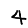
Digit: 4